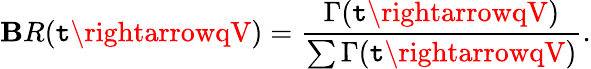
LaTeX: \mathbf{B}R(\mathtt{t}\rightarrowqV)=\frac{{\Gamma(\mathtt{t}\rightarrowqV)}}{{\sum\Gamma(\mathtt{t}\rightarrowqV)}}.